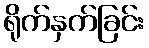
ရိုက်နှက်ခြင်း